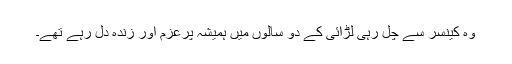
وہ کینسر سے چل رہی لڑائی کے دو سالوں میں ہمیشہ پرعزم اور زندہ دل رہے تھے۔